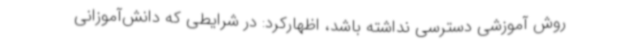
روش آموزشی دسترسی نداشته باشد، اظهارکرد: در شرایطی که دانش‌آموزانی